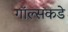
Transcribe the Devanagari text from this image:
गॉल्सकडे